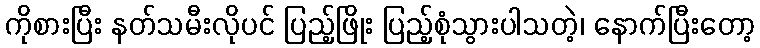
ကိုစားပြီး နတ်သမီးလိုပင် ပြည့်ဖြိုး ပြည့်စုံသွားပါသတဲ့၊ နောက်ပြီးတော့